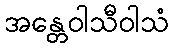
အန္တေဝါသီဝါသံ